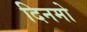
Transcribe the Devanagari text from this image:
दिनमो